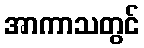
အာကာသတွင်